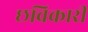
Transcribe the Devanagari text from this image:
छविकारी